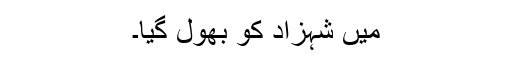
میں شہزاد کو بھول گیا۔